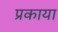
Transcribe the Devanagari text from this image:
प्रकाया